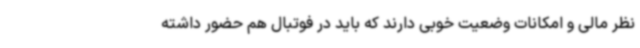
نظر مالی و امکانات وضعیت خوبی دارند که باید در فوتبال هم حضور داشته